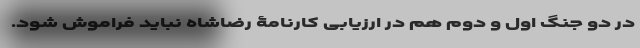
در دو جنگ اول و دوم هم در ارزیابی کارنامۀ رضاشاه نباید فراموش شود.